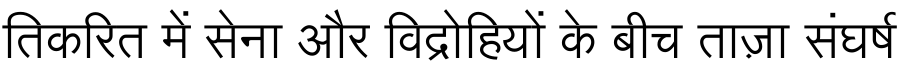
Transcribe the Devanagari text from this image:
तिकरित में सेना और विद्रोहियों के बीच ताज़ा संघर्ष